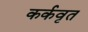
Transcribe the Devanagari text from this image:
कर्कवृत